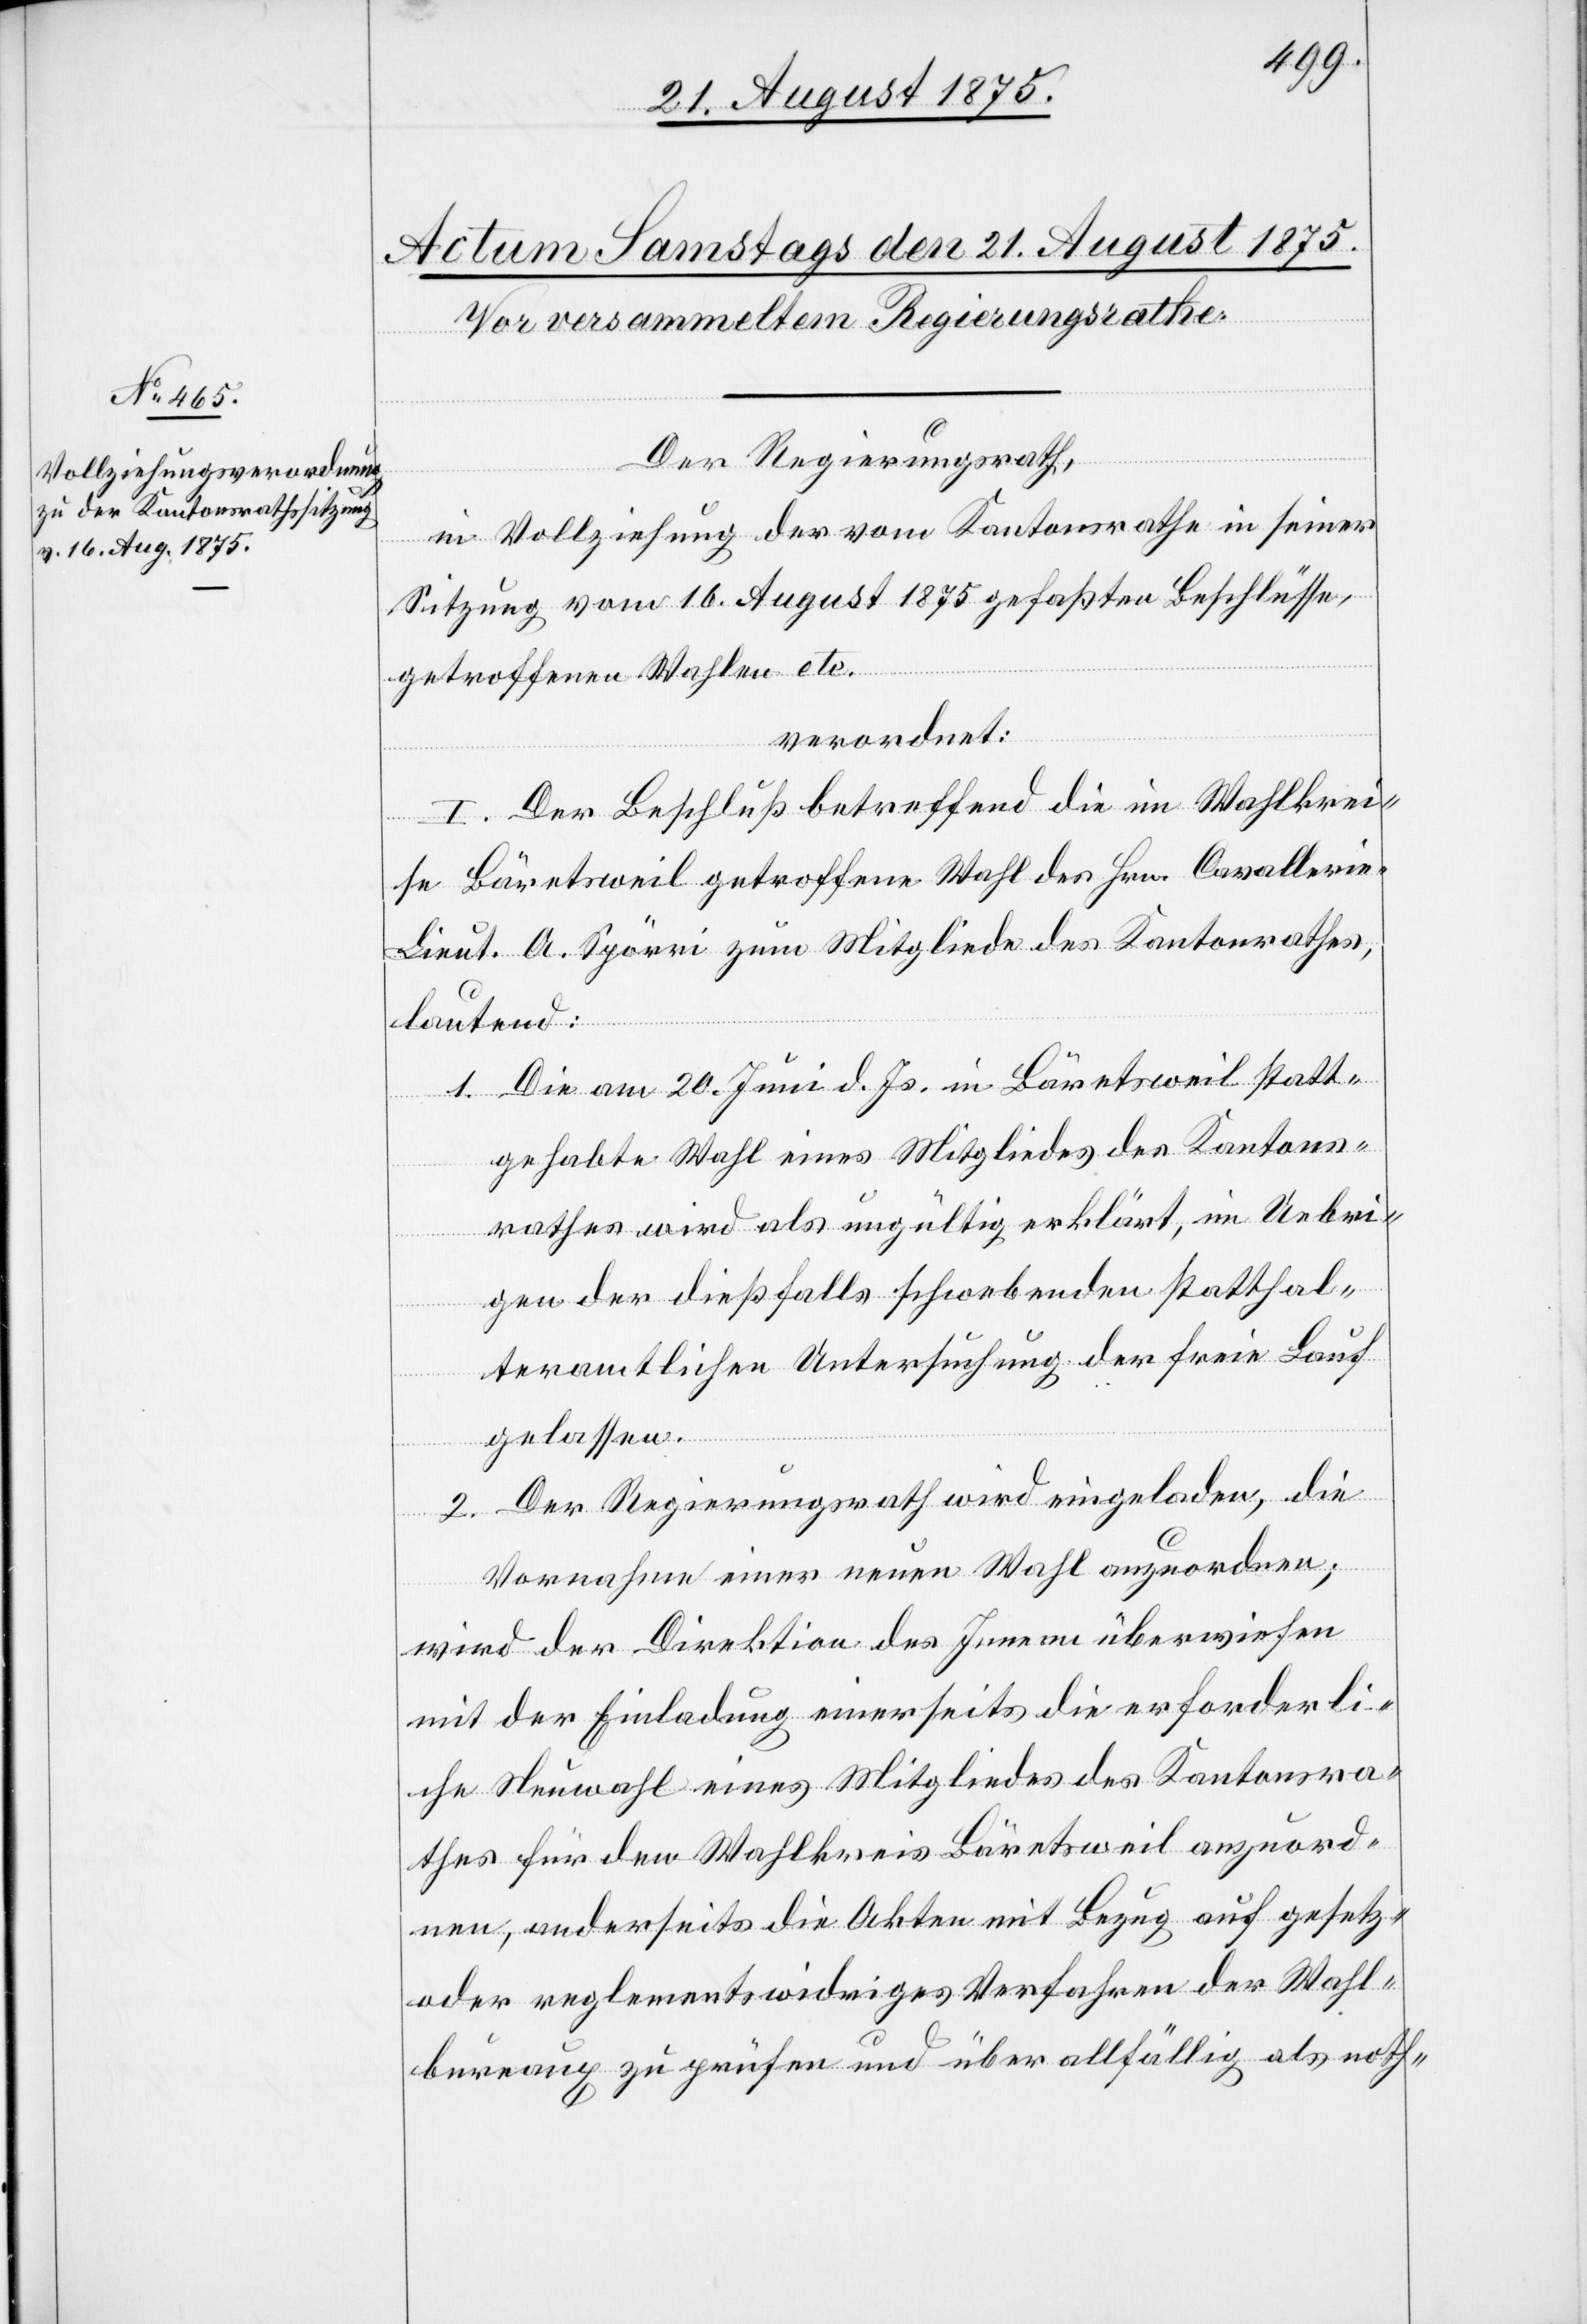
Der Regierungsrath,
in Vollziehung der vom Kantonsrathe in seiner
Sitzung vom 16. August 1875 gefaßten Beschlüsse,
getroffenen Wahlen etc.
verordnet:
I. Der Beschluß betreffend die im Wahlkrei¬
se Bäretsweil getroffene Wahl des Hrn. Cavalleri¬
e-Lieut. A. Spörri zum Mitgliede des Kantonsrathes,
lautend:
1. Die am 20. Juni d. Js. in Bäretsweil statt¬
gehabte Wahl eines Mitgliedes des Kantons¬
rathes wird als ungültig erklärt, im Uebri¬
gen der dießfalls schwebenden statthal¬
teramtlichen Untersuchung der freie Lauf
gelassen.
2. Der Regierungsrath wird eingeladen, die
Vornahme einer neuen Wahl anzuordnen;
wird der Direktion des Innern überwiesen
mit der Einladung einerseits die erforderli¬
che Neuwahl eines Mitgliedes des Kantonsra¬
thes für den Wahlkreis Bäretsweil anzuord¬
nen, anderseits die Akten mit Bezug auf gesetz-
oder reglementwidriges Verfahren der Wahl¬
bureaux zu prüfen und über allfällig als noth-